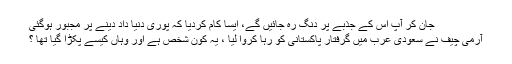
جان کر آپ اس کے جذبے پر دنگ رہ جائیں گے، ایسا کام کردیا کہ پوری دنیا داد دینے پر مجبور ہوگئی
آرمی چیف نے سعودی عرب میں گرفتار پاکستانی کو رہا کروا لیا ، یہ کون شخص ہے اور وہاں کیسے پکڑا گیا تھا ؟